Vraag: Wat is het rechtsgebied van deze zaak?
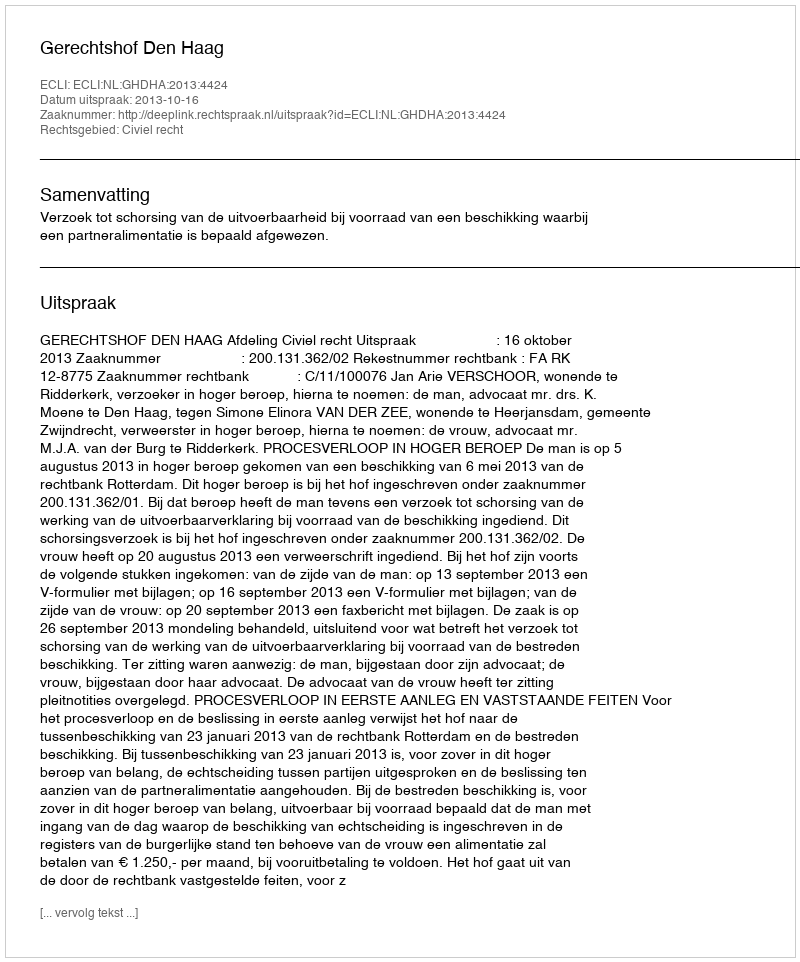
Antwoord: Civiel recht